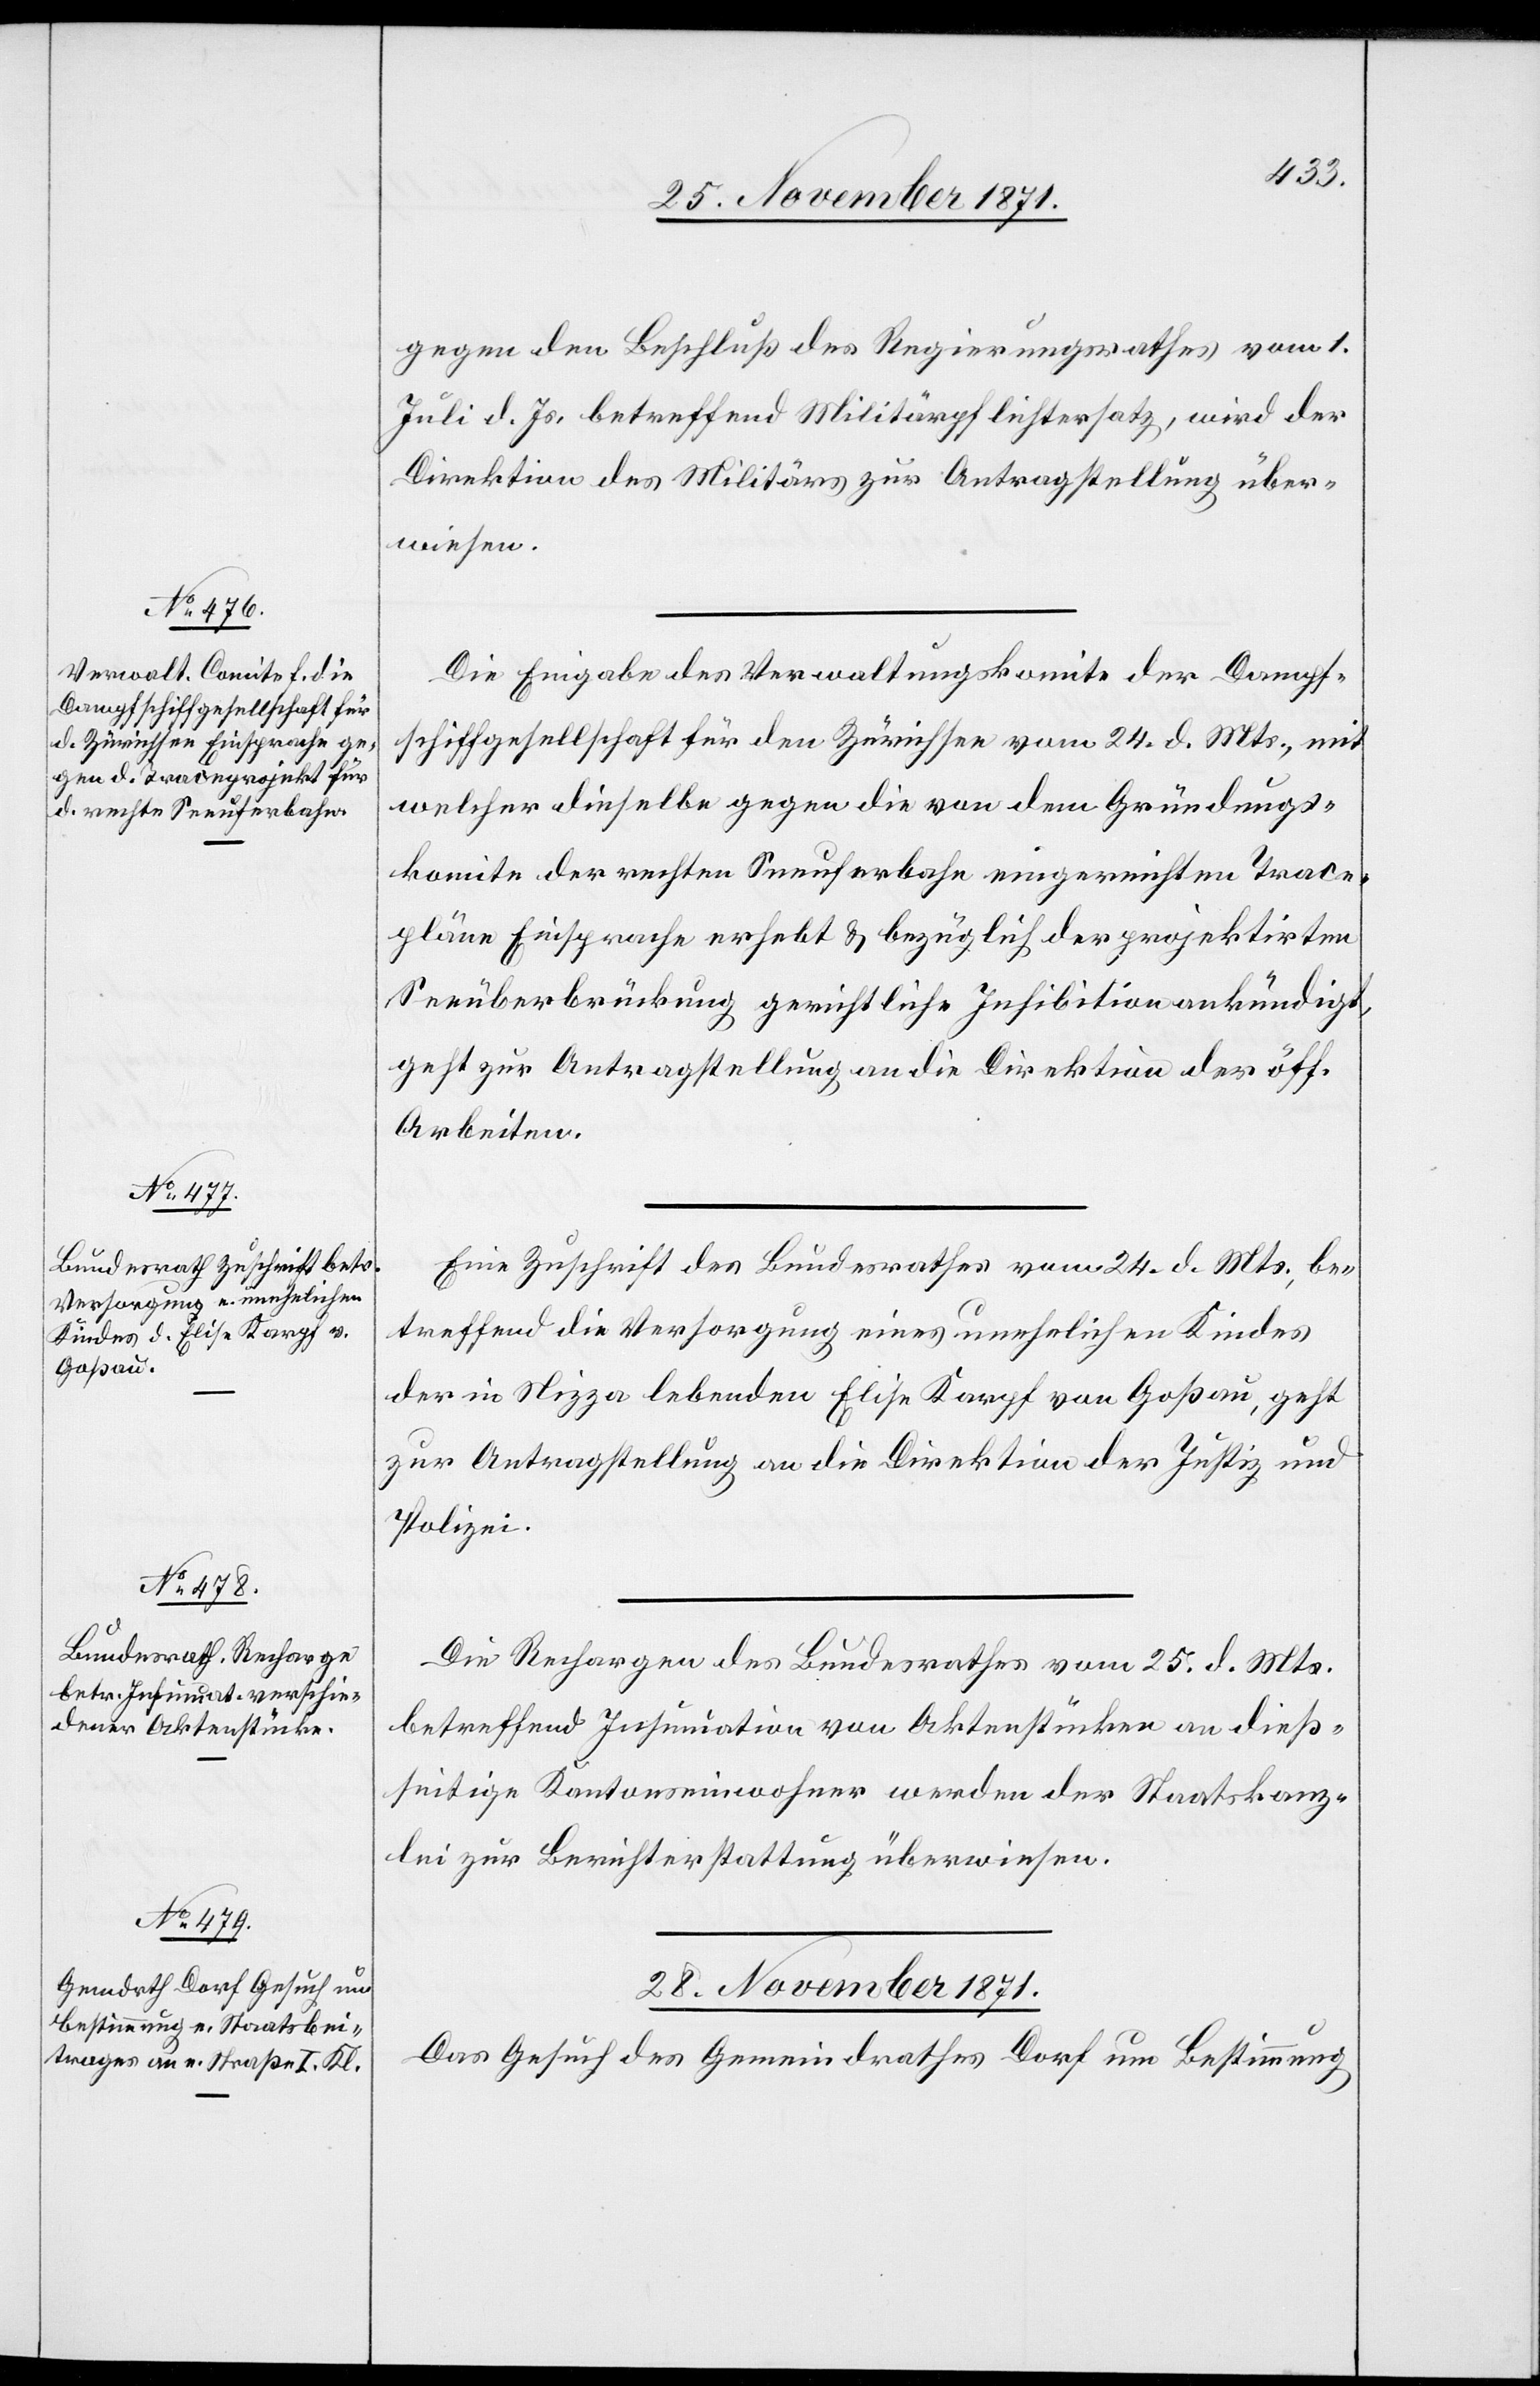
27. November 1871.]
gegen den Beschluß des Regierungsrathes vom 1.
Juli d. Js. betreffend Militärpflichtersatz, wird der
Direktion des Militärs zur Antragstellung über¬
wiesen.
Die Eingabe des Verwaltungskomite der Dampf¬
schiffgesellschaft für den Zürichsee vom 24. d. Mts., mit
welcher dieselbe gegen die von dem Gründungs¬
komite der rechten Seeuferbahn eingereichten Trace¬
pläne Einsprache erhebt & bezüglich der projektirten
Seeüberbrückung gerichtliche Inhibition ankündigt,
geht zur Antragstellung an die Direktion der öff.
Arbeiten.
Eine Zuschrift des Bundesrathes vom 24. d. Mts., be¬
treffend die Versorgung eines unehelichen Kindes
der in Nizza lebenden Elise Karpf von Goßau, geht
zur Antragstellung an die Direktion der Justiz und
Polizei.
Die Rechargen des Bundesrathes vom 25. d. Mts.
betreffend Insinuation von Aktenstücken an dies¬
seitige Kantonseinwohner werden der Staatskanz¬
lei zur Berichterstattung überwiesen.
28. November 1871.
Das Gesuch des Gemeindrathes Dorf um Bestimmung